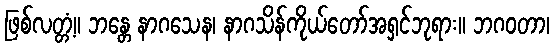
ဖြစ်လတ္တံ့။ ဘန္တေ နာဂသေန၊ နာဂသိန်ကိုယ်တော်အရှင်ဘုရား။ ဘဂဝတာ၊